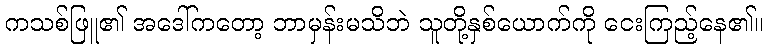
ကသစ်ဖြူ၏ အဒေါ်ကတော့ ဘာမှန်းမသိဘဲ သူတို့နှစ်ယောက်ကို ငေးကြည့်နေ၏။